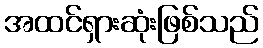
အထင်ရှားဆုံးဖြစ်သည်